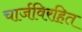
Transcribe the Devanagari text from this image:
चार्जविरहित